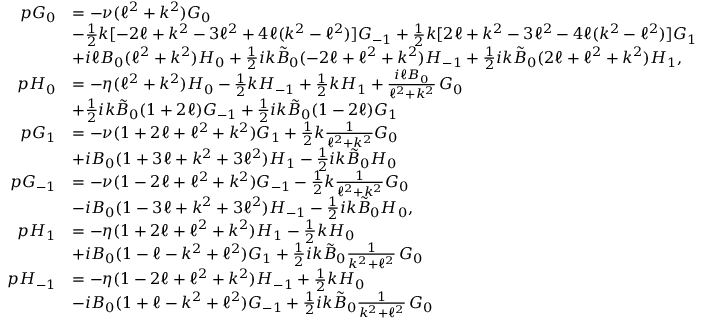
\begin{array} { r l } { p G _ { 0 } } & { = - \nu ( \ell ^ { 2 } + k ^ { 2 } ) G _ { 0 } } \\ & { - \frac { 1 } { 2 } { k } [ - 2 \ell + k ^ { 2 } - 3 \ell ^ { 2 } + 4 \ell ( k ^ { 2 } - \ell ^ { 2 } ) ] G _ { - 1 } + \frac { 1 } { 2 } { k } [ 2 \ell + k ^ { 2 } - 3 \ell ^ { 2 } - 4 \ell ( k ^ { 2 } - \ell ^ { 2 } ) ] G _ { 1 } } \\ & { + i \ell B _ { 0 } ( \ell ^ { 2 } + k ^ { 2 } ) H _ { 0 } + \frac { 1 } { 2 } i k \tilde { B } _ { 0 } ( - 2 \ell + \ell ^ { 2 } + k ^ { 2 } ) H _ { - 1 } + \frac { 1 } { 2 } i k \tilde { B } _ { 0 } ( 2 \ell + \ell ^ { 2 } + k ^ { 2 } ) H _ { 1 } , } \\ { p H _ { 0 } } & { = - \eta ( \ell ^ { 2 } + k ^ { 2 } ) H _ { 0 } - \frac { 1 } { 2 } { k } H _ { - 1 } + \frac { 1 } { 2 } { k } H _ { 1 } + \frac { i \ell B _ { 0 } } { \ell ^ { 2 } + k ^ { 2 } } \, G _ { 0 } } \\ & { + \frac { 1 } { 2 } i k \tilde { B } _ { 0 } ( 1 + 2 \ell ) G _ { - 1 } + \frac { 1 } { 2 } i k \tilde { B } _ { 0 } ( 1 - 2 \ell ) G _ { 1 } } \\ { p G _ { 1 } } & { = - \nu ( 1 + 2 \ell + \ell ^ { 2 } + k ^ { 2 } ) G _ { 1 } + \frac { 1 } { 2 } { k } \frac { 1 } { \ell ^ { 2 } + k ^ { 2 } } G _ { 0 } } \\ & { + i B _ { 0 } ( 1 + 3 \ell + k ^ { 2 } + 3 \ell ^ { 2 } ) H _ { 1 } - \frac { 1 } { 2 } i k \tilde { B } _ { 0 } H _ { 0 } } \\ { p G _ { - 1 } } & { = - \nu ( 1 - 2 \ell + \ell ^ { 2 } + k ^ { 2 } ) G _ { - 1 } - \frac { 1 } { 2 } { k } \frac { 1 } { \ell ^ { 2 } + k ^ { 2 } } G _ { 0 } } \\ & { - i B _ { 0 } ( 1 - 3 \ell + k ^ { 2 } + 3 \ell ^ { 2 } ) H _ { - 1 } - \frac { 1 } { 2 } i k \tilde { B } _ { 0 } H _ { 0 } , } \\ { p H _ { 1 } } & { = - \eta ( 1 + 2 \ell + \ell ^ { 2 } + k ^ { 2 } ) H _ { 1 } - \frac { 1 } { 2 } { k } H _ { 0 } } \\ & { + i B _ { 0 } ( 1 - \ell - k ^ { 2 } + \ell ^ { 2 } ) G _ { 1 } + \frac { 1 } { 2 } i k \tilde { B } _ { 0 } \frac { 1 } { k ^ { 2 } + \ell ^ { 2 } } \, G _ { 0 } } \\ { p H _ { - 1 } } & { = - \eta ( 1 - 2 \ell + \ell ^ { 2 } + k ^ { 2 } ) H _ { - 1 } + \frac { 1 } { 2 } { k } H _ { 0 } } \\ & { - i B _ { 0 } ( 1 + \ell - k ^ { 2 } + \ell ^ { 2 } ) G _ { - 1 } + \frac { 1 } { 2 } i k \tilde { B } _ { 0 } \frac { 1 } { k ^ { 2 } + \ell ^ { 2 } } \, G _ { 0 } } \end{array}